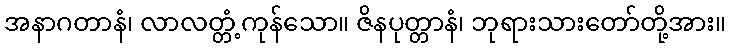
အနာဂတာနံ၊ လာလတ္တံ့ကုန်သော။ ဇိနပုတ္တာနံ၊ ဘုရားသားတော်တို့အား။